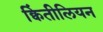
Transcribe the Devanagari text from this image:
क्विंतीलियन